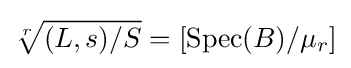
{\sqrt[{r}]{(L,s)/S}}=[{\text{Spec}}(B)/\mu _{r}]